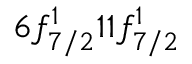
6 f _ { 7 / 2 } ^ { 1 } 1 1 f _ { 7 / 2 } ^ { 1 }